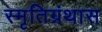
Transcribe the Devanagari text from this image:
स्मृतिग्रंथास